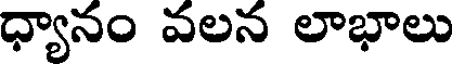
ధ్యానం వలన లాభాలు